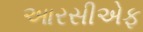
આરસીએફ